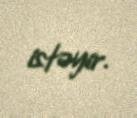
istəyir.